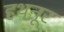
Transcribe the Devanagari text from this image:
हथनूर